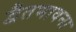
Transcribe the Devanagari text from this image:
द्वैतभावना